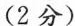
(2分)